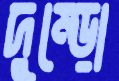
দুম্‌ড়ো